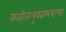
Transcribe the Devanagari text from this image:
काहीतालुक्यामधल्या